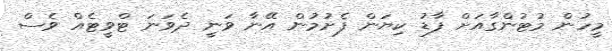
މީހުން މުޓުންގާއަށް ފާޑު ކިޔަން ފެށުމުން އޭނާ ވަނީ ދެވަނަ ޓްވީޓެއް ވެސް